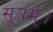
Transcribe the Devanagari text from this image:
सूयर्म्।